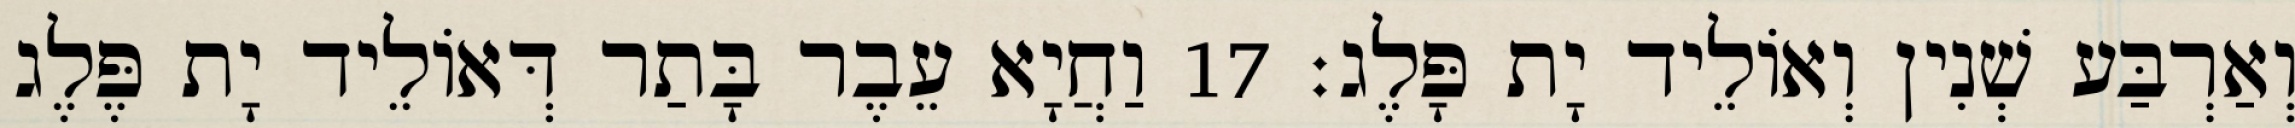
וְאַרְבַּע שְׁנִין וְאוֹלֵיד יָת פָּלֶג׃ 17 וַחֲיָא עֵבֶר בָּתַר דְּאוֹלֵיד יָת פֶּלֶג